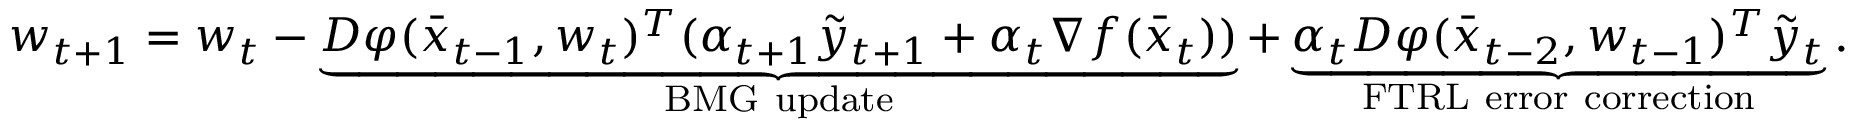
w _ { t + 1 } = w _ { t } - \underbrace { D \varphi ( \bar { x } _ { t - 1 } , w _ { t } ) ^ { T } ( \alpha _ { t + 1 } \tilde { y } _ { t + 1 } + \alpha _ { t } \nabla f ( \bar { x } _ { t } ) ) } _ { \mathrm { B M G ~ u p d a t e } } + \underbrace { \alpha _ { t } D \varphi ( \bar { x } _ { t - 2 } , w _ { t - 1 } ) ^ { T } \tilde { y } _ { t } } _ { \mathrm { F T R L ~ e r r o r ~ c o r r e c t i o n } } .